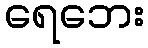
ရေဘေး